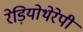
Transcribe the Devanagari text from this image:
रेड़ियोथेरेपी